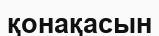
қонақасын